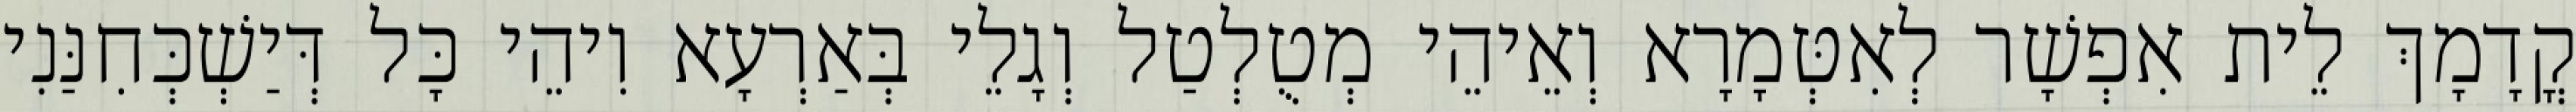
קֳדָמָךְ לֵית אִפְשָׁר לְאִטְּמָרָא וְאֵיהֵי מְטֻלְטַל וְגָלֵי בְּאַרְעָא וִיהֵי כָּל דְּיַשְׁכְּחִנַּנִי